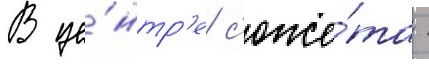
В це́нтр'е с'юже́та -